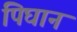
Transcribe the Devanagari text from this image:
पिघान